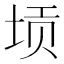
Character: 𱖭